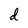
Character: d